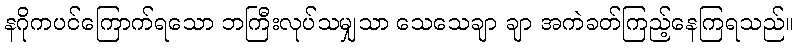
နဂိုကပင်ကြောက်ရသော ဘကြီးလုပ်သမျှသာ သေသေချာ ချာ အကဲခတ်ကြည့်နေကြရသည်။